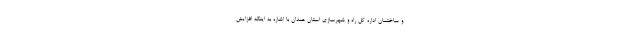
و ساختمان اداره کل راه و شهرسازی استان همدان با اشاره به اینکه افزایش